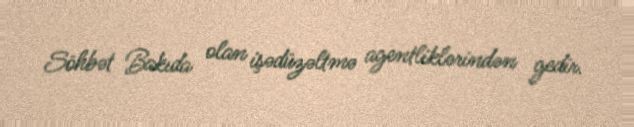
Söhbət Bakıda olan işədüzəltmə agentliklərindən gedir.